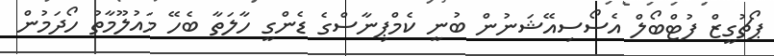
ޕޯޗުގީޒް ފުޓްބޯލް އެސޯސިއޭޝަނުން ބުނީ ކެމްޕިނާސްގެ ޑެންގީ ހާލަތާ ބެހޭ މައުލޫމާތު ހޯދަމުން